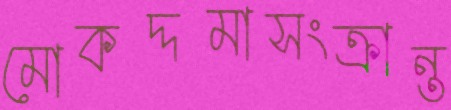
মোকদ্দমাসংক্রান্ত